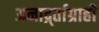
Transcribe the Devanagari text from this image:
अनार्द्र्ताग्राही